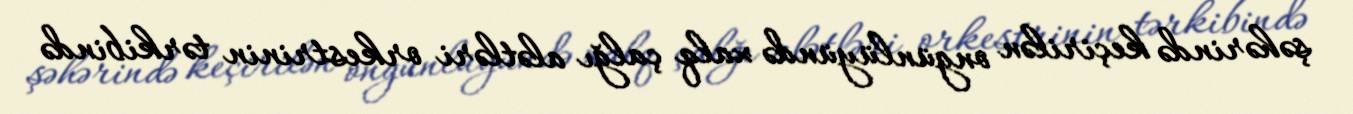
şəhərində keçirilən ongünlüyündə xalq çalğı alətləri orkestrinin tərkibində